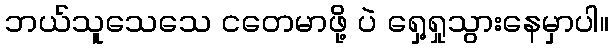
ဘယ်သူသေသေ ငတေမာဖို့ ပဲ ရှေ့ရှုသွားနေမှာပါ။